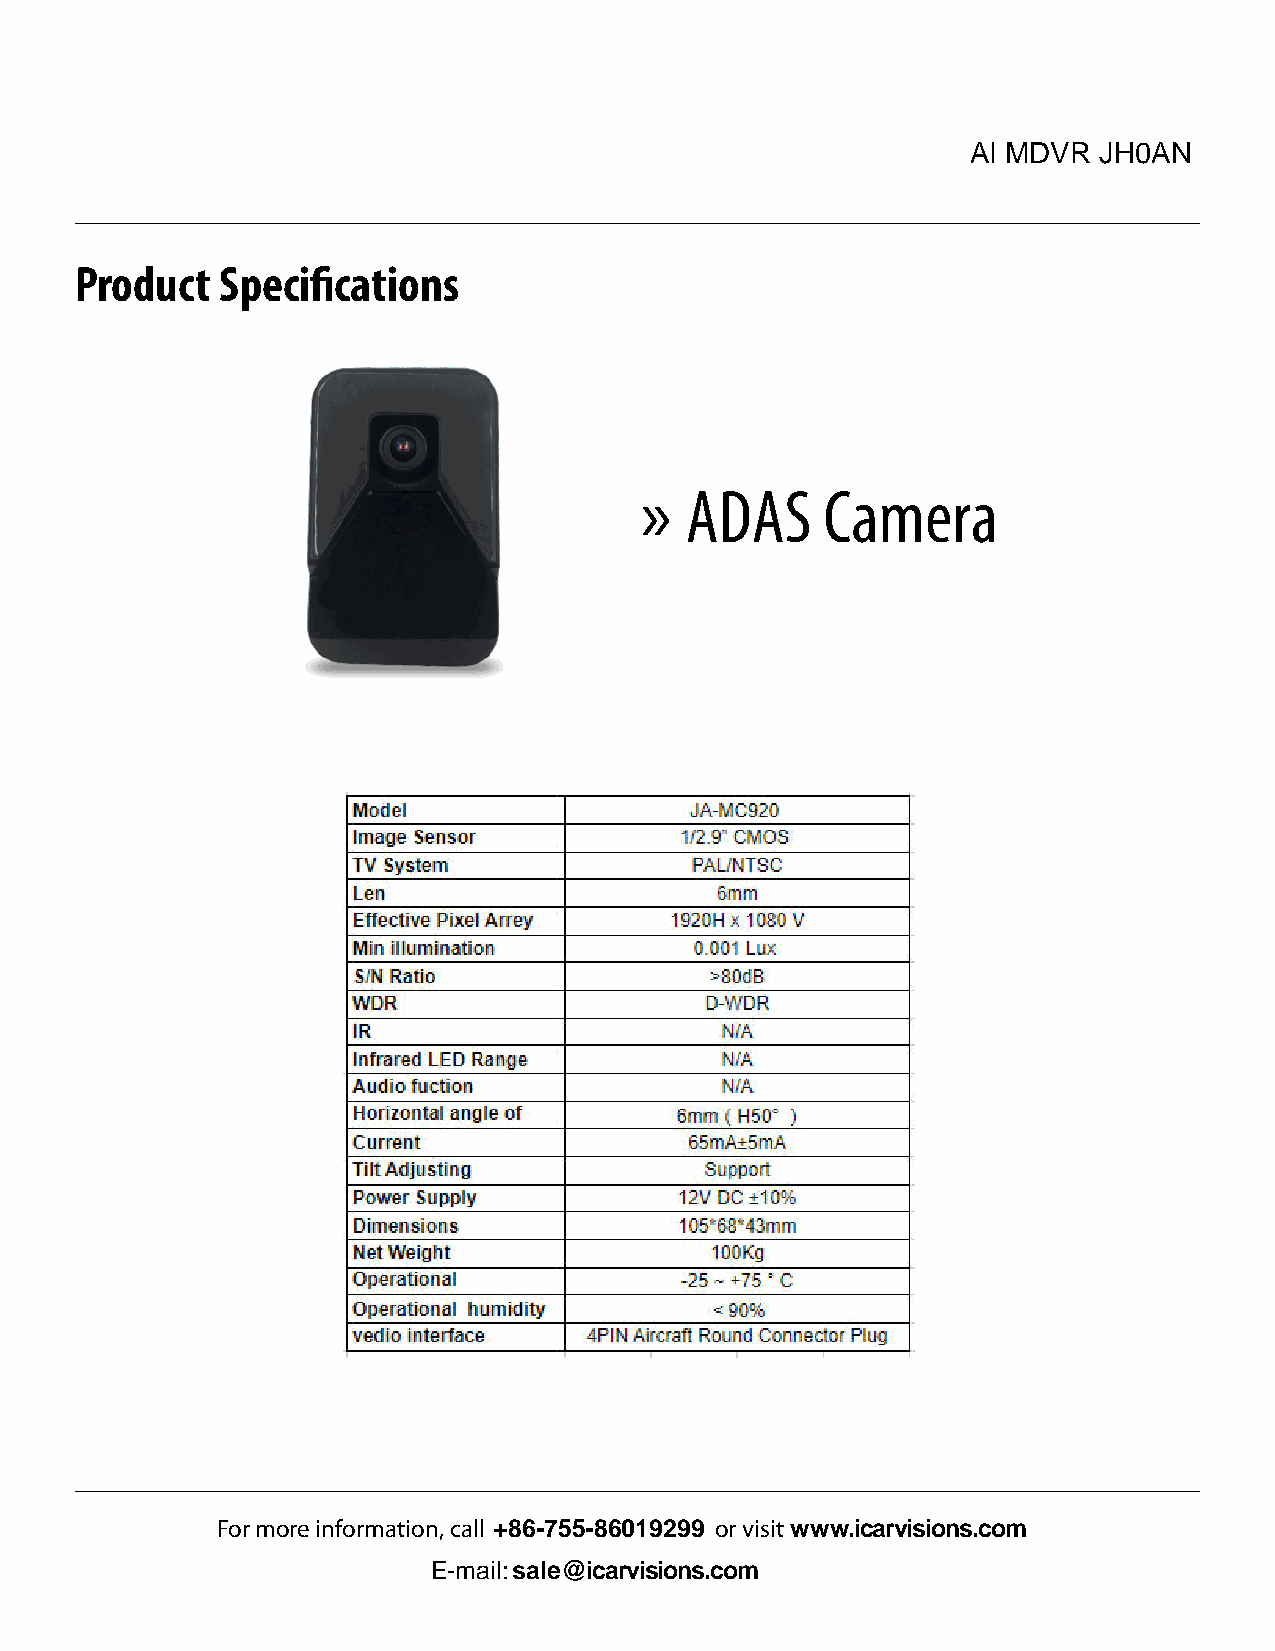
AI MDVR  JH0AN
 Product   Specifications
 »  ADAS      Camera
 For more information, call +86-755-86019299 or visit www.icarvisions.com
 E-mail: sale@icarvisions.com